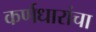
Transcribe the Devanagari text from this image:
कर्णधारांचा